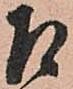
召